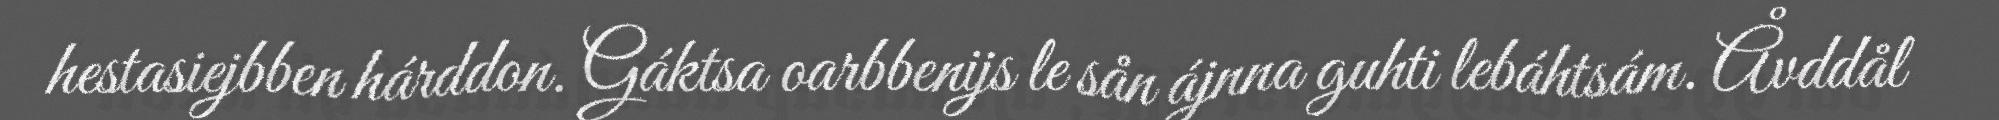
hestasiejbben hárddon. Gáktsa oarbbenijs le sån ájnna guhti lebáhtsám. Åvddål